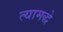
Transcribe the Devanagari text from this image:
त्यामद्धे